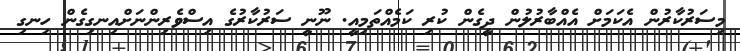
މިސަރުކާރުން އެކަމަށް އެއްބާރުލުން ދީގެން ކުރި ކަމެއްތަމިއީ. ނޫނީ ސަރުކާރުގެ އިސްވެރިންނަށްއިނގިގެން ހިނގި